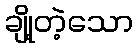
ချို့တဲ့သော